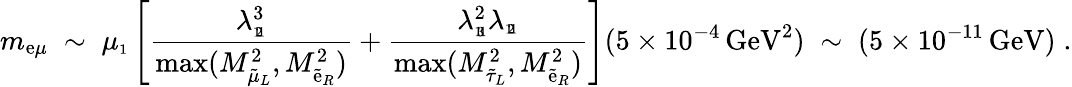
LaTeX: m_{\mathrm{e}\mu}\; \sim\; \mu_{\scriptscriptstyle1}\left[\frac{{\lambda_{\scriptscriptstyle1\! 2\! 1}^{3}}}{{\mathrm{{max}}(M_{\tilde{{\mu}}_{L}}^{2},M_{\tilde{{\mathrm{e}}}_{R}}^{2})}}+\frac{{\lambda_{\scriptscriptstyle1\! 3\! 1}^{2}\lambda_{\scriptscriptstyle1\! 2\! 1}}}{{\mathrm{{max}}(M_{\tilde{{\tau}}_{L}}^{2},M_{\tilde{{\mathrm{e}}}_{R}}^{2})}}\right](5\times10^{-4}\, \mathrm{{G\mathrm{e}V}}^{2})\; \sim\; (5\times10^{-11}\, \mathrm{{G\mathrm{e}V}})\; .